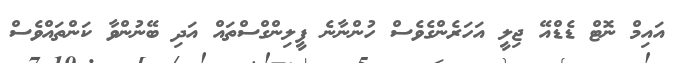
އައިމް ނޮޓް ޑެޑްއޭ ޖިލީ އަހަރެންގެވެސް ހުންނާނެ ފީލިންގްސްތައް އަދި ބޭނުންވާ ކަންތައްވެސް